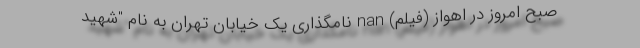
صبح امروز در اهواز (فیلم) nan نامگذاری یک خیابان تهران به نام "شهید